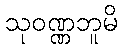
သုဝဏ္ဏဘူမိ